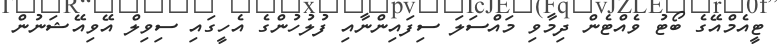
ޓީއެމްއޭގެ ބޯޓު ވެއްޓެން ދިމާވި މައްސަލަ ސިފައިންނާއި ފުލުހުންގެ އެހީގައި ސިވިލް އޭވިއޭޝަނުން